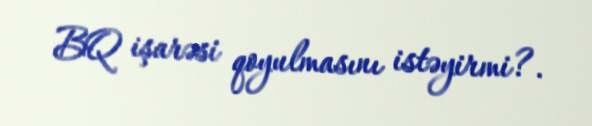
BQ işarəsi qoyulmasını istəyirmi?.